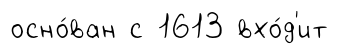
осно́ван с 1613 вхо́д'ит